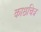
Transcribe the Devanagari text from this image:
काष्ठचित्र